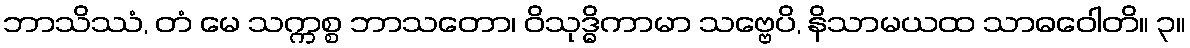
ဘာသိဿံ, တံ မေ သက္ကစ္စ ဘာသတော၊ ဝိသုဒ္ဓိကာမာ သဗ္ဗေပိ, နိသာမယထ သာဓဝေါတိ။ ၃။